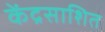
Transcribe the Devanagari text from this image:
केंद्रसाशित